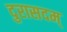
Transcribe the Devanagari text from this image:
दुरासदम्